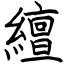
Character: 繵